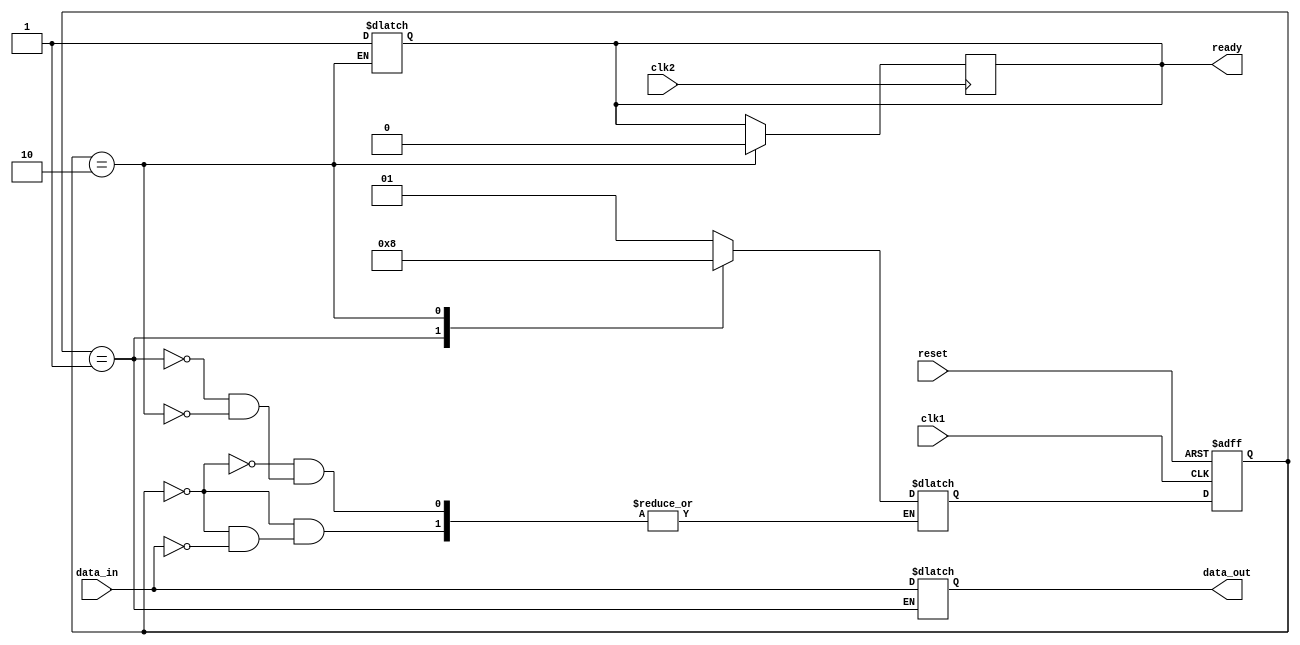
module Synchronizer (
    input wire clk1,
    input wire clk2,
    input wire reset,
    input wire data_in,
    output reg data_out,
    output reg ready
);

reg [1:0] state;
reg [1:0] next_state;

parameter IDLE = 2'b00;
parameter CAPTURE = 2'b01;
parameter TRANSFER = 2'b10;

always @ (posedge clk1 or posedge reset)
begin
    if (reset)
        state <= IDLE;
    else
        state <= next_state;
end

always @ *
begin
    case(state)
        IDLE:
        begin
            if (data_in)
                next_state = CAPTURE;
        end
        CAPTURE:
        begin
            data_out <= data_in;
            next_state = TRANSFER;
        end
        TRANSFER:
        begin
            ready <= 1;
            next_state = IDLE;
        end
    endcase
end

always @ (posedge clk2)
begin
    if (state == TRANSFER)
        ready <= 0;
end

endmodule